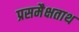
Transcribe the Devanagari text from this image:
प्रसमैक्षताथ